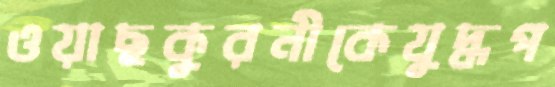
ওয়াছকুরনীকেযুদ্ধপ